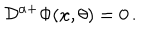
LaTeX: { \cal D } ^ { \alpha + } \Phi ( x , \theta ) = 0 \, .